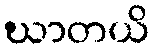
ဃာတယိ